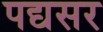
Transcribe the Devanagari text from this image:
पद्यसर